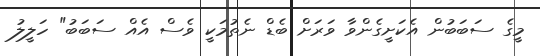
މީގެ ސަބަބުން އެކަށީގެންވާ ވަރަށް ބެޑް ނެތުމަކީ ވެސް އެއް ސަބަބު" ހަލީލު